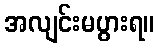
အလျင်းမပွားရ။